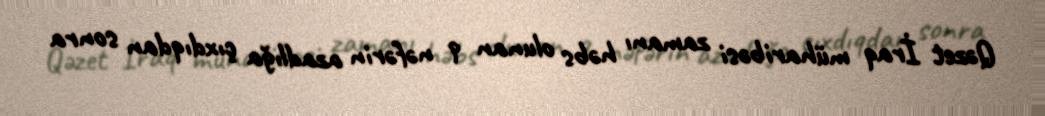
Qəzet İraq müharibəsi zamanı həbs olunan 9 nəfərin azadlığa çıxdıqdan sonra